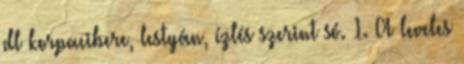
dl korpacibere, lestyán, ízlés szerint só. 1. A leveles